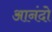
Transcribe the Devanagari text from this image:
आनंदो